Leningradi_Edasi_toimetus, lk 65
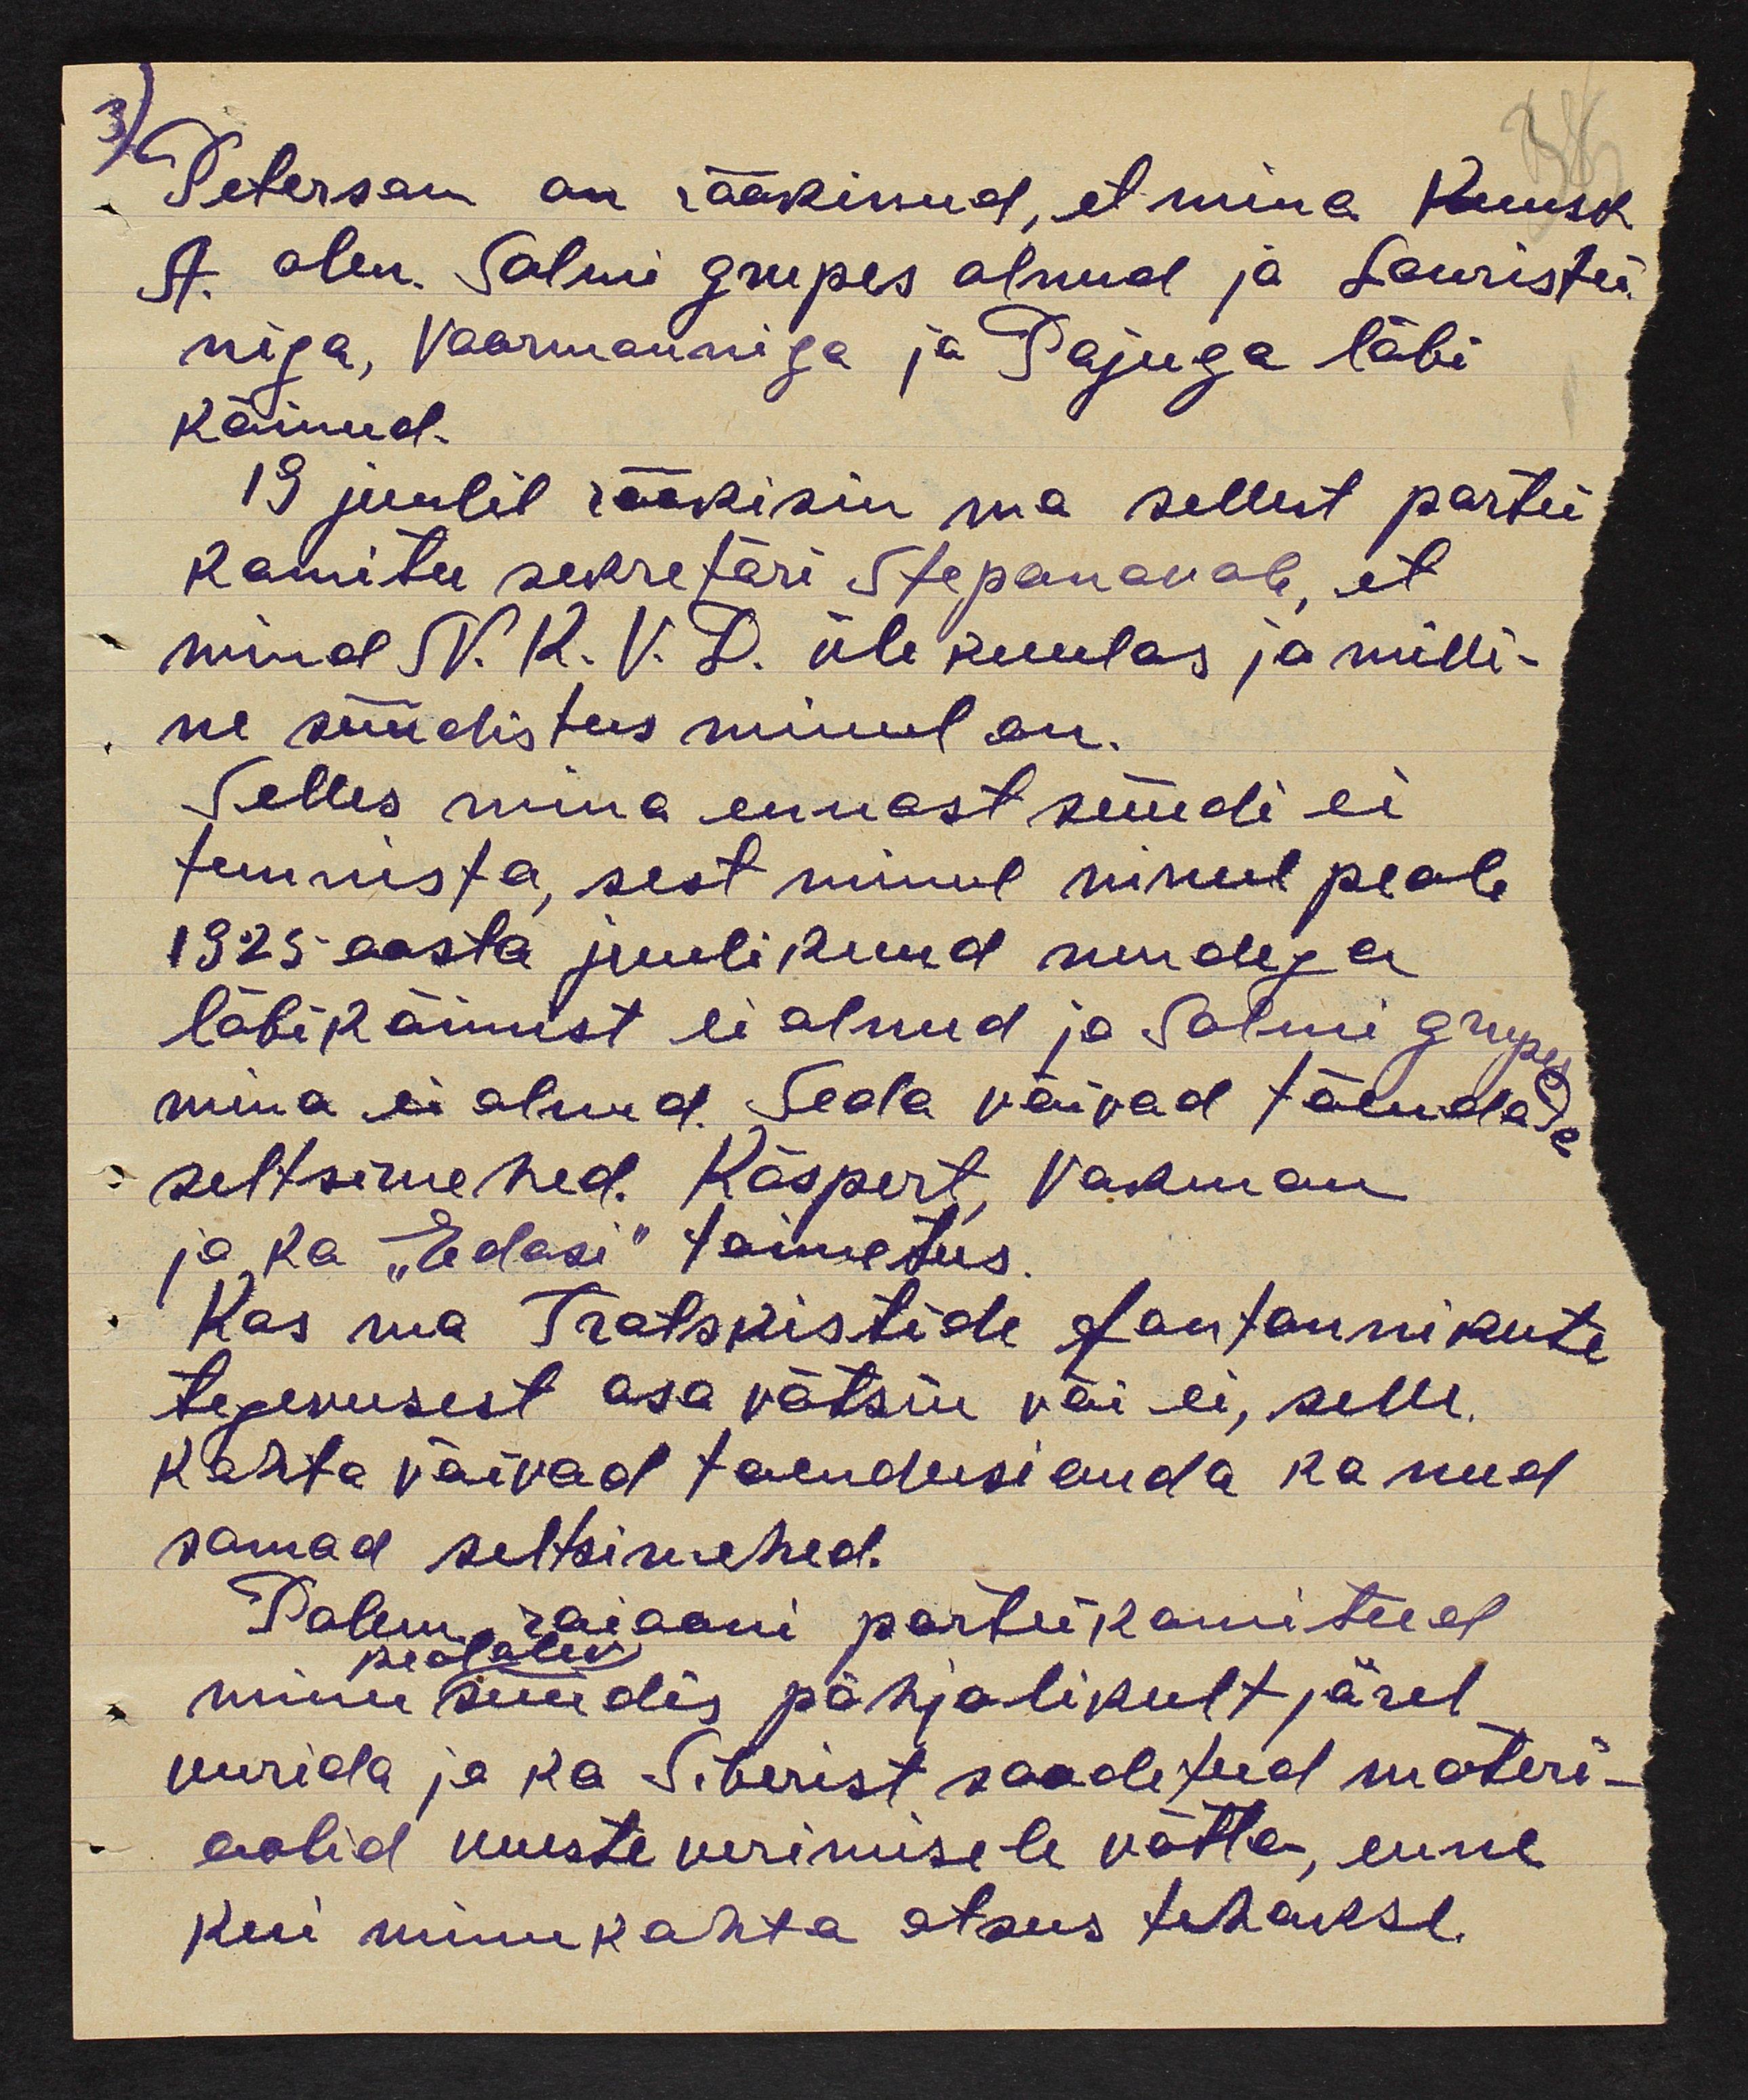
3) Peterson on rääkinud, et mina Kuusk
A. olen. Salmi grupes olnud ja Lauristi
niga, Vaarmanniga ja Pajuga läbi
käinud.
19 juulil rääkisin ma sellest partei
komitee sekretäri Stepanovale, et
mind N. K. V. D. üle kuulas ja milli-
ne süüdistus minul on.
Selles mina ennast süüdi ei
tunnista, sest minul minul peale
1925 aasta juulikuud nendega
läbikäinust ei olnud ja Salmi grupes
mina ei olnud. Seda võivad tõendada.
seltsimehed. Käspert Vakman
ja ka "Edasi" toimetus.
Kas ma Trotskistide fantannikute
tegevusest osa võtsin väi ei, selle
kohta võivad toendusi anda ka need
samad seltsimehed.
Palun raiooni parteikomiteel
peal olev
minu süüdis põhjalikult järel
uurida ja ka Siberist saadetud materi-
aalid uueste uurimisele võtta, enne
kui minu kohta otsus tehakse.